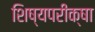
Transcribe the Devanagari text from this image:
शिष्यपरीक्षा